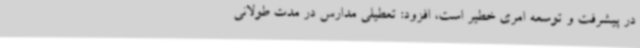
در پیشرفت و توسعه امری خطیر است، افزود: تعطیلی مدارس در مدت طولانی